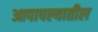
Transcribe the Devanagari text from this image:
आपापल्यातील